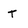
Character: T